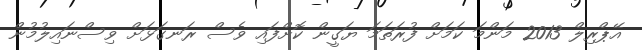
އޭޕްރިލް 2013 މަންމަ ކަމަށް ފުރަތަމަ ޔަގީން ކޮށްފައި ވެސް ރަނގަޅަށް ވިސްނައިލުމުން